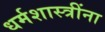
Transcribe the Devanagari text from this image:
धर्मशास्त्रींना